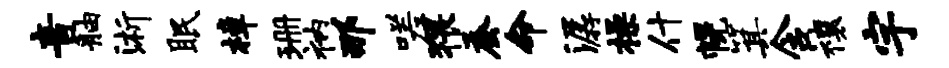
音舳浙眠樟珊衲那嗟猥蚕命潺操什幌箕含禳宇